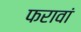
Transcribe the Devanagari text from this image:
फरावां